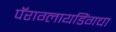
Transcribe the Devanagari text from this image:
पॅराग्लायडिंगचा